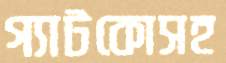
গ্যাটকোসহ